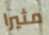
مثيرا